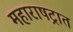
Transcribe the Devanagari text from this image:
महाराषट्रात